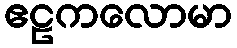
ဧဠကလောမာ